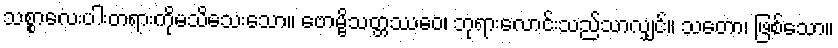
သစ္စာလေးပါးတရားကိုမသိသေးသော။ ဗောမ္ဗိသတ္တဿေဝ၊ ဘုရားလောင်းသည်သာလျှင်။ သတော၊ ဖြစ်သော။